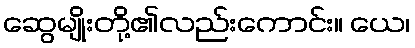
ဆွေမျိုးတို့၏လည်းကောင်း။ ယေ၊